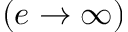
( e \to \infty )